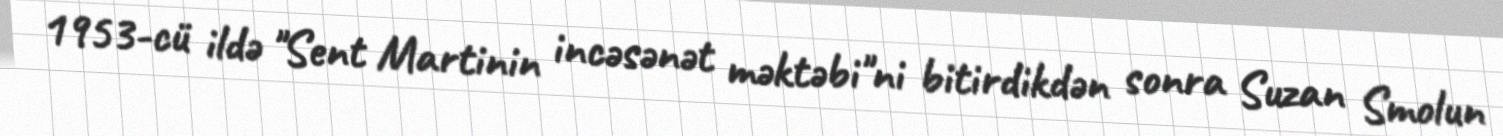
1953-cü ildə "Sent Martinin incəsənət məktəbi"ni bitirdikdən sonra Suzan Smolun